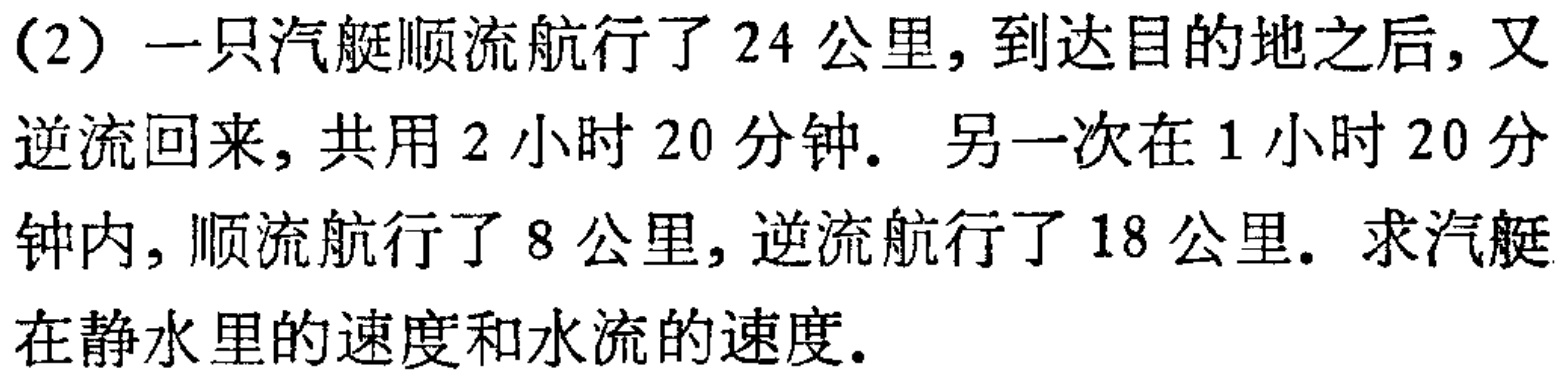
（2）一只汽艇顺流航行了$24$公里，到达目的地之后，又逆流回来，共用$2$小时$20$分钟. 另一次在$1$小时$20$分钟内，顺流航行了$8$公里，逆流航行了$18$公里. 求汽艇在静水里的速度和水流的速度.